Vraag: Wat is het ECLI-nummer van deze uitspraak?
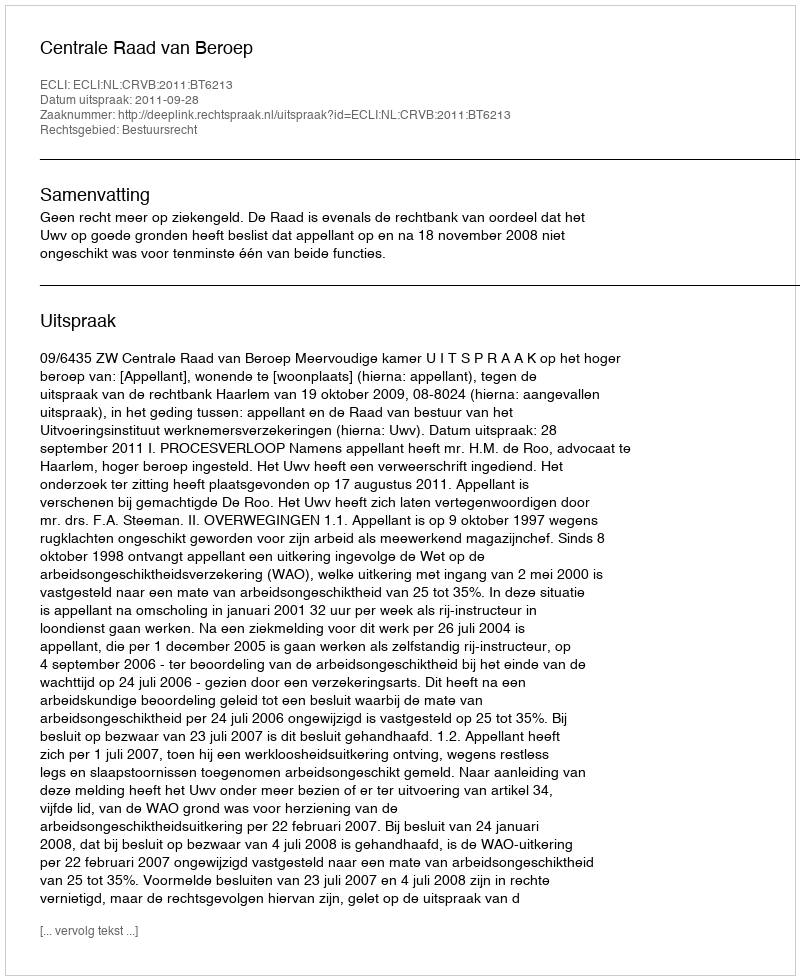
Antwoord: ECLI:NL:CRVB:2011:BT6213